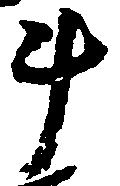
斗